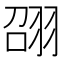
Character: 䎄